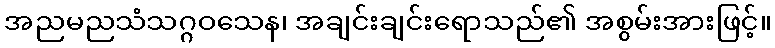
အညမညသံသဂ္ဂဝသေန၊ အချင်းချင်းရောသည်၏ အစွမ်းအားဖြင့်။